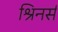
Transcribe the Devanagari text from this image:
श्रिनर्स